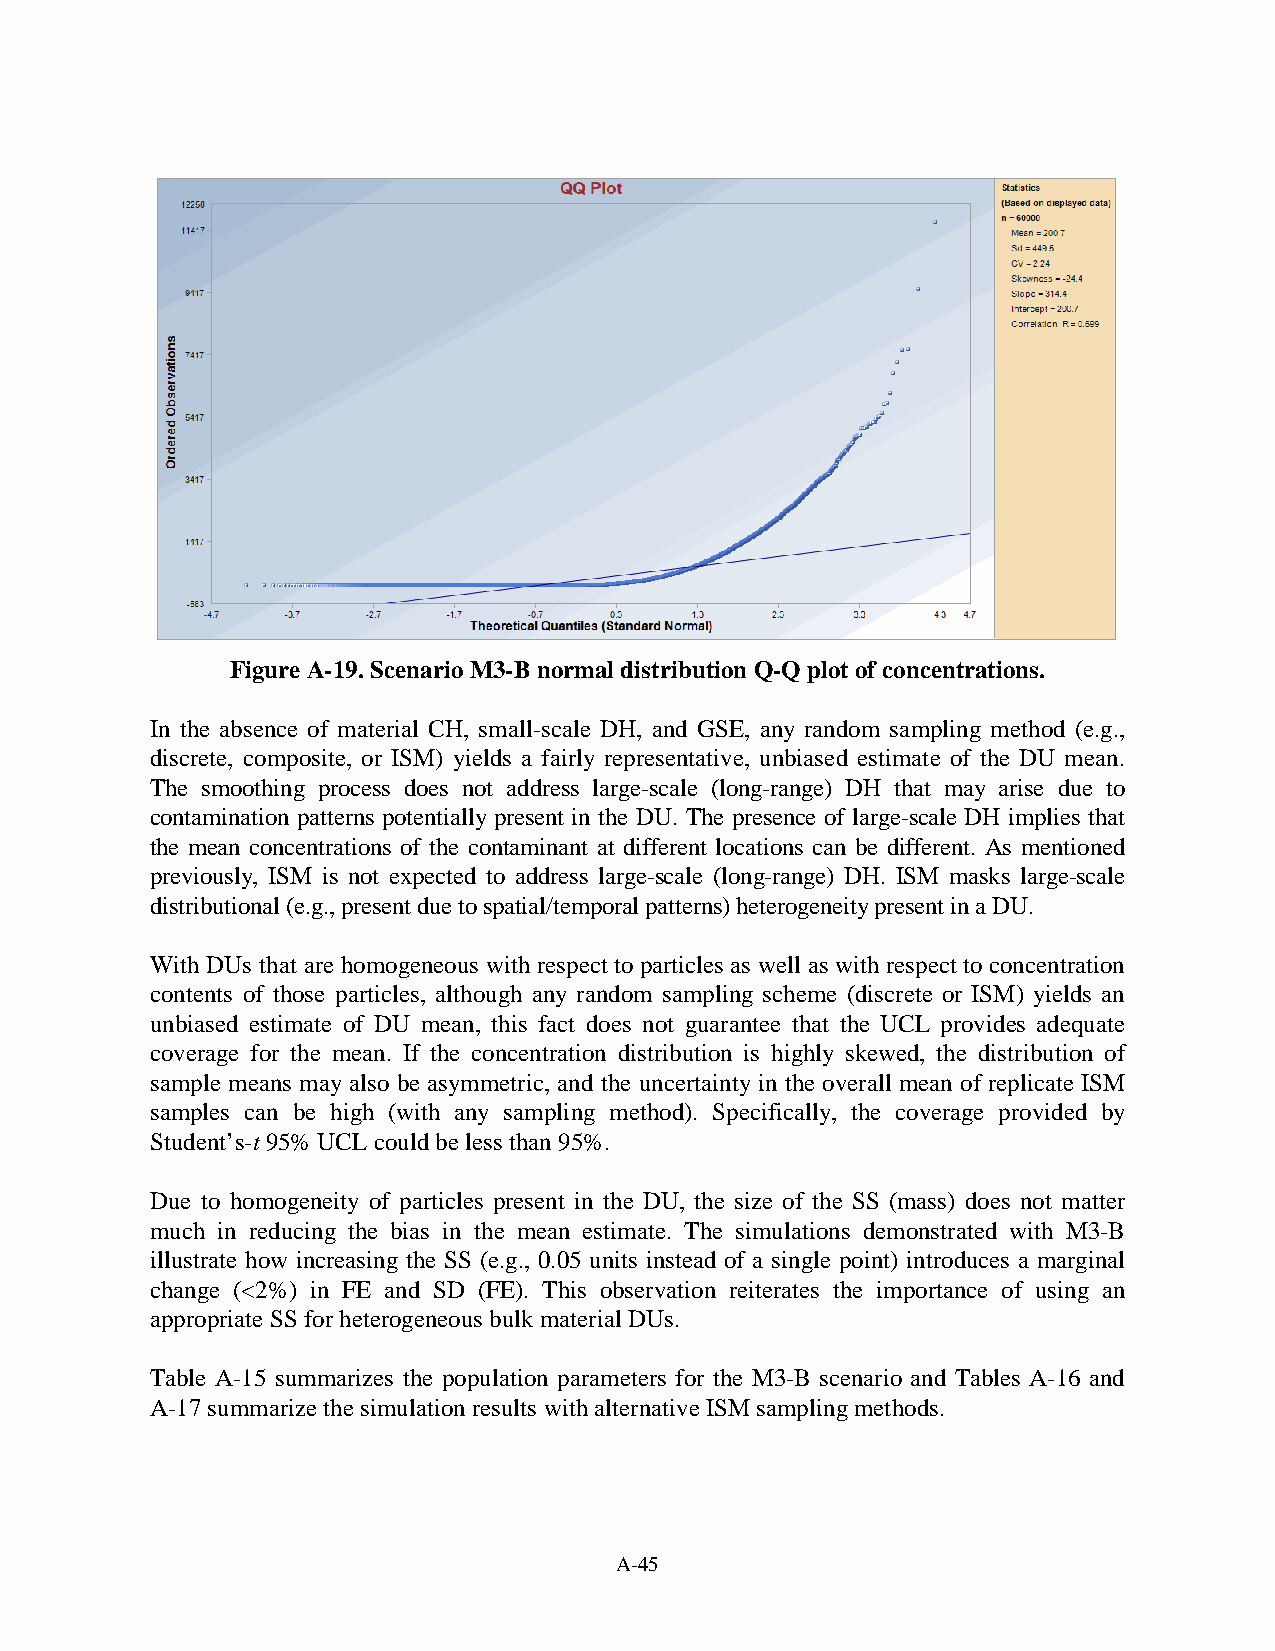
Figure A-19. Scenario M3-B normal distribution Q-Q plot of concentrations.
 In the absence of material CH, small-scale DH, and GSE, any random sampling method (e.g.,
 discrete, composite, or ISM) yields a fairly representative, unbiased estimate of the DU mean.
 The smoothing process does not address large-scale (long-range) DH that may arise due to
 contamination patterns potentially present in the DU. The presence of large-scale DH implies that
 the mean concentrations of the contaminant at different locations can be different. As mentioned
 previously, ISM is not expected to address large-scale (long-range) DH. ISM masks large-scale
 distributional (e.g., present due to spatial/temporal patterns) heterogeneity present in a DU.
 With DUs that are homogeneous with respect to particles as well as with respect to concentration
 contents of those particles, although any random sampling scheme (discrete or ISM) yields an
 unbiased estimate of DU mean, this fact does not guarantee that the UCL provides adequate
 coverage for the mean. If the concentration distribution is highly skewed, the distribution of
 sample means may also be asymmetric, and the uncertainty in the overall mean of replicate ISM
 samples can be high (with any sampling method). Specifically, the coverage provided by
 Student’s-t 95% UCL could be less than 95%.
 Due to homogeneity of particles present in the DU, the size of the SS (mass) does not matter
 much in reducing the bias in the mean estimate. The simulations demonstrated with M3-B
 illustrate how increasing the SS (e.g., 0.05 units instead of a single point) introduces a marginal
 change (<2%) in FE and SD (FE). This observation reiterates the importance of using an
 appropriate SS for heterogeneous bulk material DUs.
 Table A-15 summarizes the population parameters for the M3-B scenario and Tables A-16 and
 A-17 summarize the simulation results with alternative ISM sampling methods.
 A-45